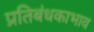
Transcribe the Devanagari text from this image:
प्रतिबंधकाभाव